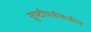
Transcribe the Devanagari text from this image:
सृष्टीपलीकडील